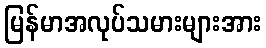
မြန်မာအလုပ်သမားများအား